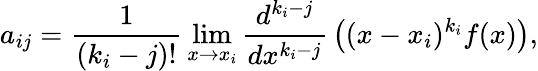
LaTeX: a_{ij}={\frac{1}{(k_{i}-j)!}}\operatorname*{lim}_{x\to x_{i}}{\frac{d^{k_{i}-j}}{dx^{k_{i}-j}}}\left((x-x_{i})^{k_{i}}f(x)\right),